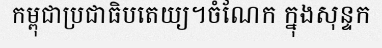
កម្ពុជាប្រជាធិបតេយ្យ។ចំណែក ក្នុងសុន្ទក